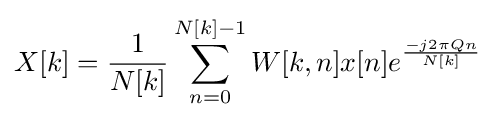
X[k]={\frac {1}{N[k]}}\sum _{n=0}^{N[k]-1}W[k,n]x[n]e^{\frac {-j2\pi Qn}{N[k]}}